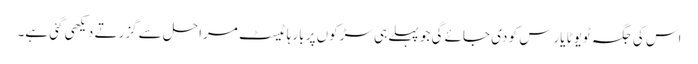
اس کی جگہ ٹویوٹا یارِس کو دی جائے گی جو پہلے ہی سڑکوں پر بارہا ٹیسٹ مراحل سے گزرتے دیکھی گئی ہے۔